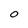
Character: O